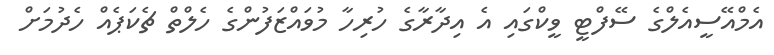
އެމްއޭސީއެލްގެ ސޭފްޓީ ވީކްގައި އެ އިދާރާގެ ހުރިހާ މުވައްޒަފުންގެ ހެލްތް ޗެކަޕެއް ހެދުމަށް